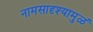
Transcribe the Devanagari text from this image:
नामसादृश्यामुळं